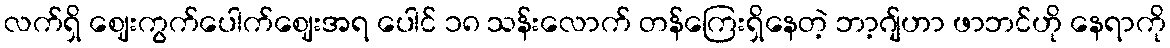
လက်ရှိ ဈေးကွက်ပေါက်ဈေးအရ ပေါင် ၁၈ သန်းလောက် တန်ကြေးရှိနေတဲ့ ဘာ့ဂျ်ဟာ ဖာဘင်ဟို နေရာကို